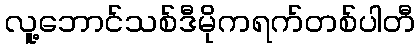
လူ့ဘောင်သစ်ဒီမိုကရက်တစ်ပါတီ